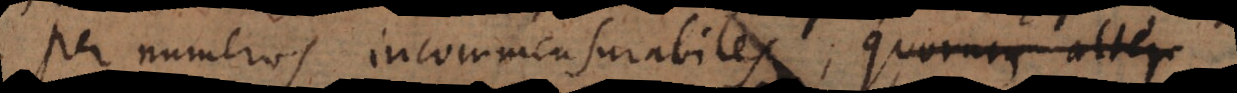
per numeros incommensurabiles, quorum alter